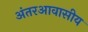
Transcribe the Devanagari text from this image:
अंतरआवासीय